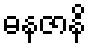
ဓနဇာနိ